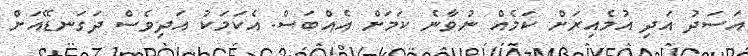
އަސަދު އަދި އުމެއިރަށް ކަމެއް ނުވާނެ ކަމަށް އެއްބަސް. އެކަމަކު އަދިވެސް ދަގަނޑޭއަށް